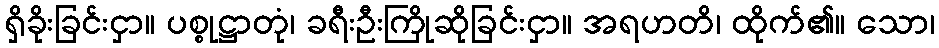
ရှိခိုးခြင်းငှာ။ ပစ္စုဋ္ဌာတုံ၊ ခရီးဦးကြိုဆိုခြင်းငှာ။ အရဟတိ၊ ထိုက်၏။ သော၊